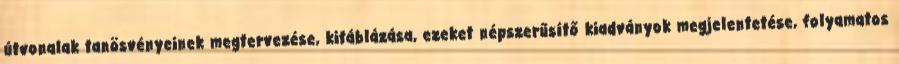
útvonalak tanösvényeinek megtervezése, kitáblázása, ezeket népszerűsítő kiadványok megjelentetése, folyamatos